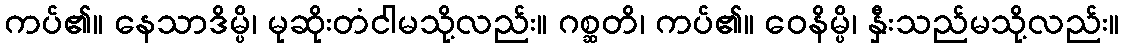
ကပ်၏။ နေသာဒိမ္ပိ၊ မုဆိုးတံငါမသို့လည်း။ ဂစ္ဆတိ၊ ကပ်၏။ ဝေနိမ္ပိ၊ နှီးသည်မသို့လည်း။